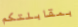
بمقابلتكم